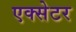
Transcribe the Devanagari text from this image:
एक्‍सेटर